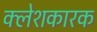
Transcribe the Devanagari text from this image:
क्लेशकारक